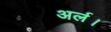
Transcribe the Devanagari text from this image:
अर्ल।